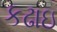
કઢાઇ